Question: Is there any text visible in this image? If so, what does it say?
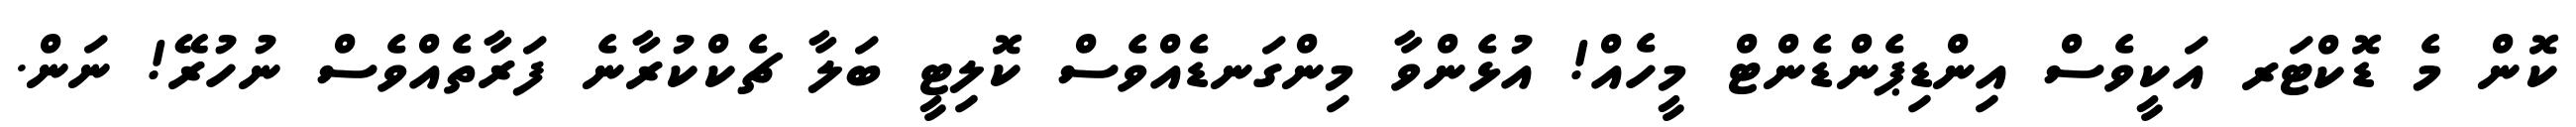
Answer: ކޮން މެ ޑޮކްޓަރ އަކީވެސް އިންޑިޕެންޑެންޓް މީހެއް! އުޅެންވާ މިންގަނޑެއްވެސް ކޮލިޓީ ބަލާ ޗެކްކުރާނެ ފަރާތެއްވެސް ނުހުރޭ! ނަން.